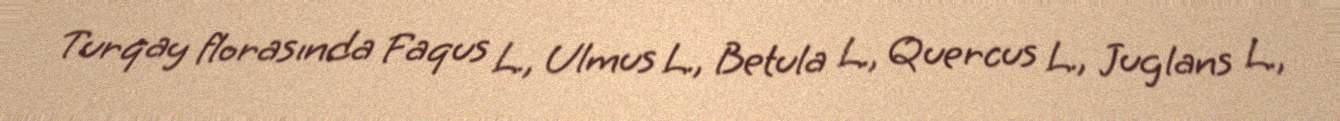
Turqay florasında Faqus L., Ulmus L., Betula L., Quercus L., Juglans L.,